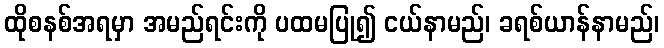
ထိုစနစ်အရမှာ အမည်ရင်းကို ပထမပြု၍ ငယ်နာမည်၊ ခရစ်ယာန်နာမည်၊